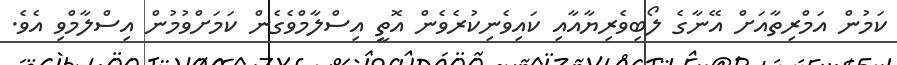
ކަމުން އަމްރިތާއަށް އޭނާގެ ލޯބިވެރިޔާއާއި ކައިވެނިކުރެވެން އޮތީ އިސްލާމްވެގެން ކަމަށްވުމުން އިސްލާމްވި އެވެ.